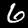
Digit: 6